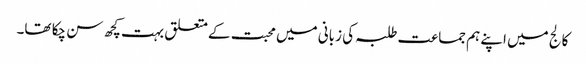
کالج میں اپنے ہم جماعت طلبہ کی زبانی میں محبت کے متعلق بہت کچھ سن چکا تھا۔